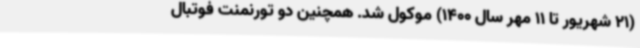
(21 شهریور تا 11 مهر سال 1400) موکول شد. همچنین دو تورنمنت فوتبال